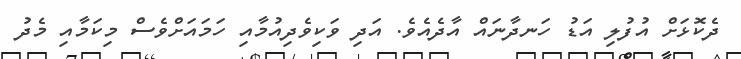
ދެކޮޅަށް އުފުލި އަޑު ހަނދާނައް އާދެއެވެ. އަދި ވަކިވެދިއުމާއި ހަމައަށްވެސް މިކަމާއި މެދު